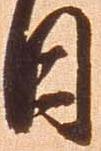
日